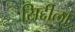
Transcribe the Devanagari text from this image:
सिद्दीला